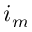
i _ { m }